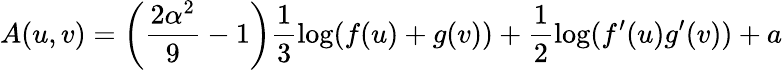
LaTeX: A(u,v)=\left(\frac{2\alpha^{2}}{9}-1\right)\frac{1}{3}\log(f(u)+g(v))+\frac{1}{2}\log(f^{\prime}(u)g^{\prime}(v))+a